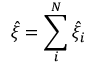
\hat { \xi } = \sum _ { i } ^ { N } \hat { \xi } _ { i }